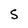
Character: S